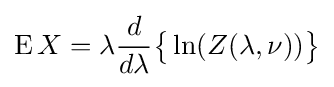
\operatorname {E} X=\lambda {\frac {d}{d\lambda }}{\big \{}\ln(Z(\lambda ,\nu )){\big \}}